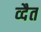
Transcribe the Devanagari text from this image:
व्दैत